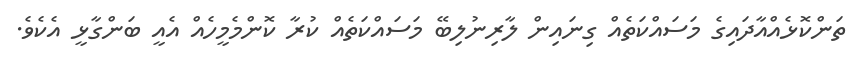
ތަންކޮޅެއްއާދައިގެ މަސައްކަތެއް ގިނައިން ލާރިނުލިބޭ މަސައްކަތެއް ކުރާ ކޮންމެމީހެއް އެއީ ބަންގާޅީ އެކެވެ.